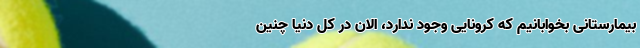
بیمارستانی بخوابانیم که کرونایی وجود ندارد، الان در کل دنیا چنین